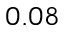
0 . 0 8